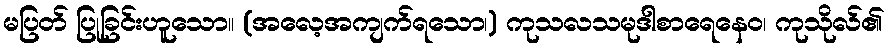
မပြတ် ပြုခြင်းဟူသော။ (အလေ့အကျက်ရသော၊) ကုသလသမုဒါစာရေနေဝ၊ ကုသိုလ်၏